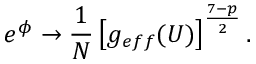
e ^ { \phi } \rightarrow \frac { 1 } { N } \left[ g _ { e f f } ( U ) \right] ^ { \frac { 7 - p } { 2 } } .